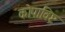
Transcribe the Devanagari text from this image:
कोपाविष्ट